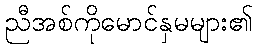
ညီအစ်ကိုမောင်နှမများ၏